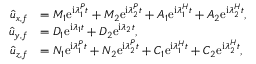
\begin{array} { r l } { \hat { u } _ { x , f } } & { = M _ { 1 } \mathrm { e } ^ { \mathrm { i } \lambda _ { 1 } ^ { P } t } + M _ { 2 } \mathrm { e } ^ { \mathrm { i } \lambda _ { 2 } ^ { P } t } + A _ { 1 } \mathrm { e } ^ { \mathrm { i } { \lambda } _ { 1 } ^ { H } t } + A _ { 2 } \mathrm { e } ^ { \mathrm { i } { \lambda } _ { 2 } ^ { H } t } , } \\ { \hat { u } _ { y , f } } & { = D _ { 1 } \mathrm { e } ^ { \mathrm { i } \lambda _ { 1 } t } + D _ { 2 } \mathrm { e } ^ { \mathrm { i } \lambda _ { 2 } t } , } \\ { \hat { u } _ { z , f } } & { = N _ { 1 } \mathrm { e } ^ { \mathrm { i } \lambda _ { 1 } ^ { P } t } + N _ { 2 } \mathrm { e } ^ { \mathrm { i } \lambda _ { 2 } ^ { P } t } + C _ { 1 } \mathrm { e } ^ { \mathrm { i } { \lambda } _ { 1 } ^ { H } t } + C _ { 2 } \mathrm { e } ^ { \mathrm { i } { \lambda } _ { 2 } ^ { H } t } , } \end{array}